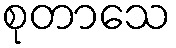
စုတာသေ